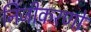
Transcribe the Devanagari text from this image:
निजीकरणों